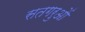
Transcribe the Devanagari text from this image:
सतगरुओं